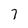
Character: 7